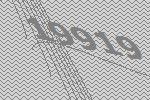
19919